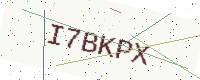
Text: I7BKPX